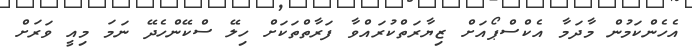
އެހެންކަމުން މާދަމާ އެކްސްޕޯއަށް ޒިޔާރަތްކުރައްވާ ފަރާތްތަކަށް ހިލޭ ސްކޭންހެދޭ ނަމަ މިއީ ވަރަށް